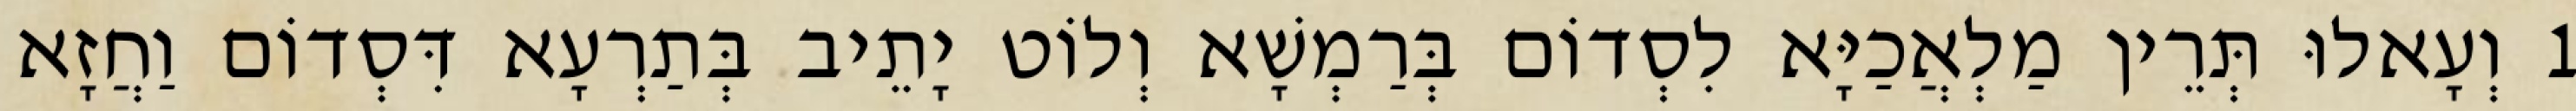
1 וְעָאלוּ תְּרֵין מַלְאֲכַיָּא לִסְדוֹם בְּרַמְשָׁא וְלוֹט יָתֵיב בְּתַרְעָא דִּסְדוֹם וַחֲזָא